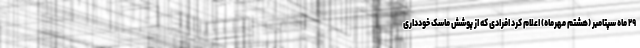
۲۹ ماه سپتامبر (هشتم مهرماه) اعلام کرد افرادی که از پوشش ماسک خودداری